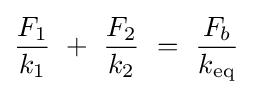
{\frac {F_{1}}{k_{1}}}~+~{\frac {F_{2}}{k_{2}}}~=~{\frac {F_{b}}{k_{\mathrm {eq} }}}